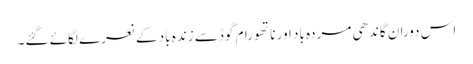
اس دوران گاندھی مردہ باد اور ناتھورام گوڈسے زندہ باد کے نعرے لگائے گئے۔